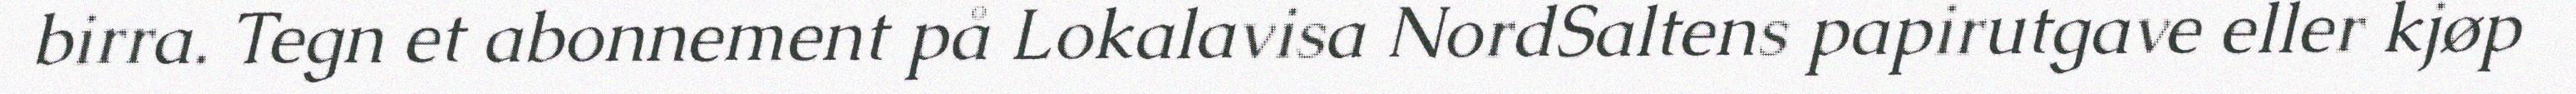
birra. Tegn et abonnement på Lokalavisa NordSaltens papirutgave eller kjøp